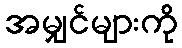
အမျှင်များကို